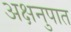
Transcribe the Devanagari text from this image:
अक्षनुपात